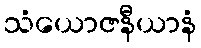
သံယောဇနီယာနံ